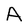
Character: A